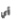
أي